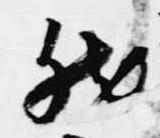
然